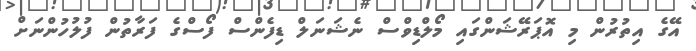
އޭގެ އިތުރުން މި އޮޕަރޭޝަންގައި މޯލްޑިވްސް ނެޝަނަލް ޑިފެންސް ފޯސްގެ ފަރާތުން ފުލުހުންނަށް